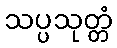
သပ္ပသုတ္တံ